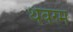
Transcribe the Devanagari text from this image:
थेवरम